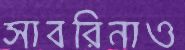
সাবরিনাও